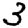
Digit: 3